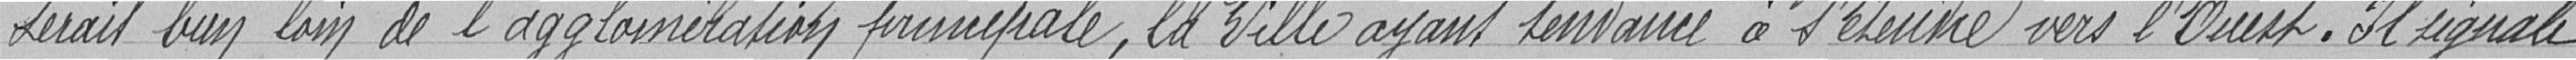
serait bien loin de l'agglomération principale, la Ville ayant tendance à l'étendre vers l'Ouest. Il signale